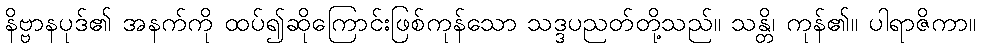
နိဗ္ဗာနပုဒ်၏ အနက်ကို ထပ်၍ဆိုကြောင်းဖြစ်ကုန်သော သဒ္ဒပညတ်တို့သည်။ သန္တိ၊ ကုန်၏။ ပါရာဇိကာ။